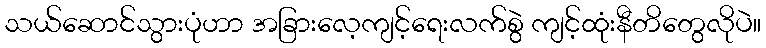
သယ်ဆောင်သွားပုံဟာ အခြားလေ့ကျင့်ရေးလက်စွဲ ကျင့်ထုံးနီတိတွေလိုပဲ။